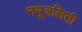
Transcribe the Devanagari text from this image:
नयूत्रलिती